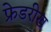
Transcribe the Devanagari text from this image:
फ्रेडरीख